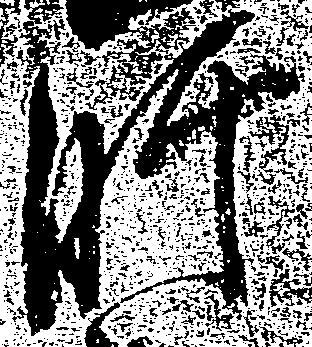
肝